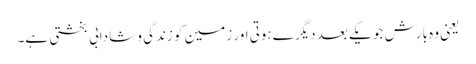
یعنی وہ بارش جو یکے بعد دیگرے ہوتی اور زمین کو زندگی و شادابی بخشتی ہے۔